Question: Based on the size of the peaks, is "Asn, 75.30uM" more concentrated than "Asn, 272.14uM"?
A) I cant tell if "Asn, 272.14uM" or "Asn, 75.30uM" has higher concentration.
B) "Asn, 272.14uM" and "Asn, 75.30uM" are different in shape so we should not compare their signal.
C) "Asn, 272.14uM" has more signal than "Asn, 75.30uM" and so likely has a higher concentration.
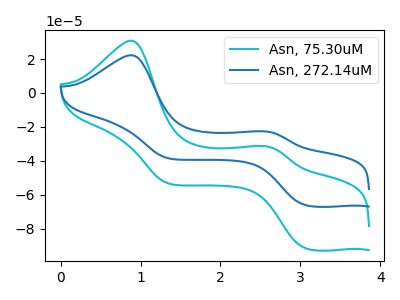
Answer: <think>The cyan curve "Asn, 75.30uM" has anodic peaks at (0.90V, 30.80uA) (2.55V, -31.30uA) and cathodic peaks at (3.05V, -91.50uA) (1.35V, -53.25uA). The blue curve "Asn, 272.14uM" has anodic peaks at (0.90V, 22.25uA) (2.55V, -22.60uA) and cathodic peaks at (3.05V, -66.10uA) (1.35V, -38.45uA).
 All the peaks in "Asn, 272.14uM" have a peak in "Asn, 75.30uM" at the same potential.</think>
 <answer>A) I cant tell if "Asn, 272.14uM" or "Asn, 75.30uM" has higher concentration.</answer>
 <eval>A</eval>